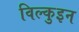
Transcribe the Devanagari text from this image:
विल्कुइन